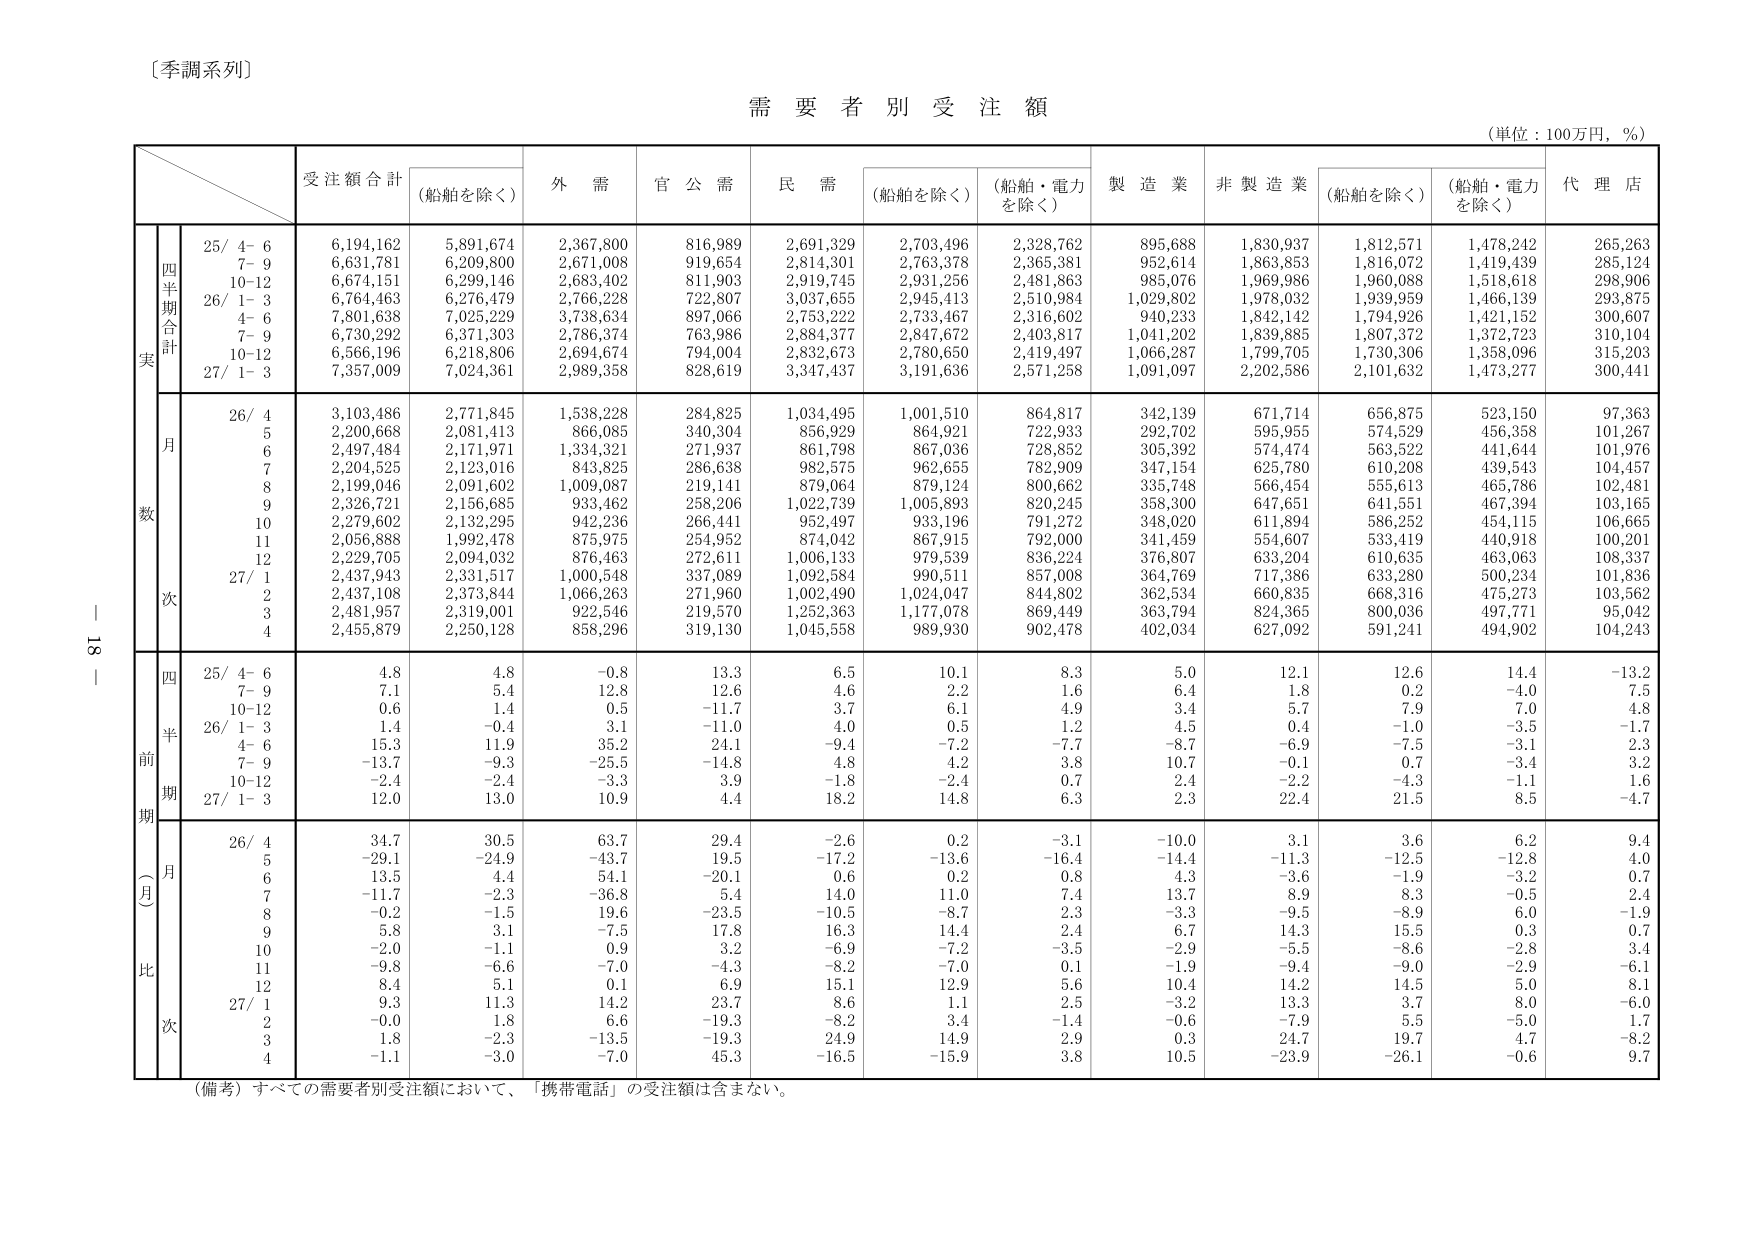
〔季調系列〕

需要者別受注額

（単位：100万円，％）

受注額合計　（船舶を除く）　外需　官公需　民需　（船舶を除く）　（船舶・電力を除く）　製造業　非製造業　（船舶を除く）　（船舶・電力を除く）　代理店

四半期合計
実数
25/ 4- 6　6,194,162　5,891,674　2,367,800　816,989　2,691,329　2,703,496　2,328,762　895,668　1,830,937　1,812,571　1,478,242　265,263
　7- 9　6,631,781　6,209,800　2,671,008　919,654　2,814,301　2,763,378　2,365,381　952,614　1,863,853　1,816,072　1,419,439　285,124
　10-12　6,674,151　6,299,146　2,683,402　811,903　2,919,745　2,931,256　2,481,863　985,076　1,969,986　1,960,088　1,518,618　298,906
26/ 1- 3　6,764,463　6,276,479　2,766,228　722,807　3,037,655　2,945,413　2,510,984　1,029,802　1,978,032　1,939,959　1,466,139　293,875
　4- 6　7,801,638　7,025,229　3,738,634　897,066　2,753,222　2,733,467　2,316,602　940,233　1,842,142　1,794,926　1,421,152　300,607
　7- 9　6,730,292　6,371,303　2,786,374　763,986　2,884,377　2,847,672　2,403,817　1,041,202　1,839,885　1,807,372　1,372,723　310,104
　10-12　6,566,196　6,218,806　2,694,674　794,004　2,832,673　2,780,650　2,419,497　1,066,287　1,799,705　1,730,306　1,358,096　315,203
27/ 1- 3　7,357,009　7,024,361　2,989,358　828,619　3,347,437　3,191,636　2,571,258　1,091,097　2,202,586　2,101,632　1,473,277　300,441

月次
26/ 4　3,103,486　2,771,845　1,538,228　284,825　1,034,495　1,001,510　864,817　342,139　671,714　656,875　523,150　97,363
　5　2,200,668　2,081,413　866,085　340,304　856,929　864,921　722,933　292,702　595,955　574,529　456,358　101,267
　6　2,497,484　2,171,971　1,334,321　271,937　861,798　867,036　728,852　305,392　574,474　563,522　441,644　101,976
　7　2,204,525　2,123,016　843,825　286,638　982,575　962,655　782,909　347,154　625,780　610,208　439,543　104,457
　8　2,199,046　2,091,602　1,009,087　219,141　879,064　879,124　800,662　335,748　566,454　555,613　465,786　102,481
　9　2,326,721　2,156,685　933,462　258,206　1,022,739　1,005,893　820,245　358,300　647,651　641,551　467,394　103,165
　10　2,279,602　2,132,295　942,236　266,441　952,497　933,196　791,272　348,020　611,894　586,252　454,115　106,665
　11　2,056,888　1,992,478　875,975　254,952　874,042　867,915　792,000　341,459　554,607　533,419　440,918　100,201
　12　2,229,705　2,094,032　876,463　272,611　1,006,133　979,539　836,224　376,807　633,204　610,635　463,063　108,337
27/ 1　2,437,943　2,331,517　1,000,548　337,089　1,092,584　990,511　857,008　364,769　717,386　633,280　500,234　101,836
　2　2,437,108　2,373,844　1,066,263　271,960　1,002,490　1,024,047　844,802　362,534　660,835　668,316　475,273　103,562
　3　2,481,957　2,319,001　922,546　219,570　1,252,363　1,177,078　869,449　363,794　824,365　800,036　497,771　95,042
　4　2,455,879　2,250,128　858,296　319,130　1,045,558　989,930　902,478　402,034　627,092　591,241　494,902　104,243

四半期前期（月比）
25/ 4- 6　4.8　4.8　-0.8　13.3　6.5　10.1　8.3　5.0　12.1　12.6　14.4　-13.2
　7- 9　7.1　5.4　12.8　12.6　4.6　2.2　1.6　6.4　1.8　0.2　-4.0　7.5
　10-12　0.6　1.4　0.5　-11.7　3.7　6.1　4.9　3.4　5.7　7.9　7.0　4.8
26/ 1- 3　1.4　-0.4　3.1　-11.0　4.0　0.5　1.2　4.5　0.4　-1.0　-3.5　-1.7
　4- 6　15.3　11.9　35.2　24.1　-9.4　-7.2　-7.7　-8.7　-6.9　-7.5　-3.1　2.3
　7- 9　-13.7　-9.3　-25.5　-14.8　4.8　4.2　3.8　10.7　0.1　0.7　-3.4　3.2
　10-12　-2.4　-2.4　-3.3　3.9　-1.8　-2.4　0.7　2.4　-2.2　-4.3　-1.1　1.6
27/ 1- 3　12.0　13.0　10.9　4.4　18.2　14.8　6.3　2.3　22.4　21.5　8.5　-4.7

月次
26/ 4　34.7　30.5　63.7　29.4　-2.6　0.2　-3.1　-10.0　3.1　3.6　6.2　9.4
　5　-29.1　-24.9　-43.7　19.5　-17.2　-13.6　-16.4　-14.4　-11.3　-12.5　-12.8　4.0
　6　13.5　4.4　54.1　-20.1　0.6　0.2　0.8　4.3　-3.6　-1.9　-3.2　0.7
　7　-11.7　-2.3　-36.8　-5.4　14.0　11.0　7.4　13.7　8.9　8.3　-0.5　2.4
　8　-0.2　-1.5　19.6　-23.5　-10.5　-8.7　2.3　-3.3　-9.5　-8.9　6.0　-1.9
　9　5.8　3.1　-7.5　17.8　16.3　14.4　2.4　6.7　14.3　15.5　0.3　0.7
　10　-2.0　-1.1　0.9　3.2　-6.9　-7.2　-3.5　-2.9　-5.5　-8.6　-2.8　3.4
　11　-9.8　-6.6　-7.0　-4.3　-8.2　-7.0　0.1　-1.9　-9.4　-9.0　-2.9　-6.1
　12　8.4　5.1　0.1　6.9　15.1　12.9　5.6　10.4　14.2　14.5　5.0　8.1
27/ 1　9.3　11.3　14.2　23.7　8.6　1.1　2.5　-3.2　13.3　3.7　8.0　-6.0
　2　-0.0　1.8　6.6　-19.3　-8.2　3.4　-1.4　-0.6　-7.9　5.5　-5.0　1.7
　3　1.8　-2.3　-13.5　-19.3　24.9　14.9　2.9　0.3　24.7　19.7　4.7　-8.2
　4　-1.1　-3.0　-7.0　45.3　-16.5　-15.9　3.8　10.5　-23.9　-26.1　-0.6　9.7

（備考）すべての需要者別受注額において、「携帯電話」の受注額は含まない。